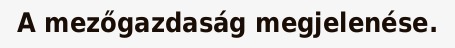
A mezőgazdaság megjelenése.